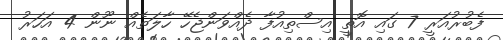
ފެބުރުއަރީ 7 ގައި އޮތީ އިސްތިއުފާ ދެއްވަންޖެހޭ ހާލަތެއް ނޫން 4 އަހަރު